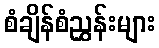
စံချိန်စံညွှန်းများ